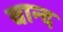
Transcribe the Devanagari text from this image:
चान्‍द